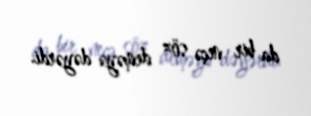
da bir neçə söz deməyə dəyərdi.